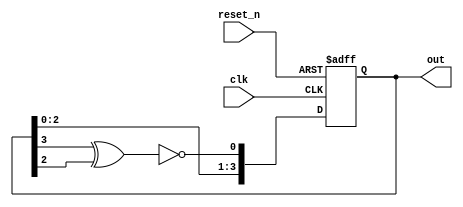
`timescale 1ns / 1ps

// 4-bit LFSR module.
// Assumes positive-edge clock and negative-edge reset.
module lfsr_4b(
    input clk,
    input reset_n,
    output [3:0] out
    );
    reg [3:0] outreg;
    wire feedback;
    assign feedback = ~(out[3] ^ out[2]);
    
    always @(posedge clk, negedge reset_n) begin
        if (!reset_n)
            outreg = 4'b0;
        else
            outreg = {outreg[2:0], feedback};
    end
    assign out = outreg;
endmodule

// 16-bit LFSR module.
// Assumes positive-edge clock and negative-edge reset.
module lfsr_16b(
    input clk,
    input reset_n,
    output [15:0] out
    );
    reg [15:0] outreg;
    wire feedback;
    assign feedback = ~(out[3] ^ out[12] ^ out[14] ^ out[15]);
    
    always @(posedge clk, negedge reset_n) begin
        if (!reset_n)
            outreg = 16'b0;
        else
            outreg = {outreg[14:0], feedback};
    end
    assign out = outreg;
endmodule